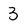
Character: 3